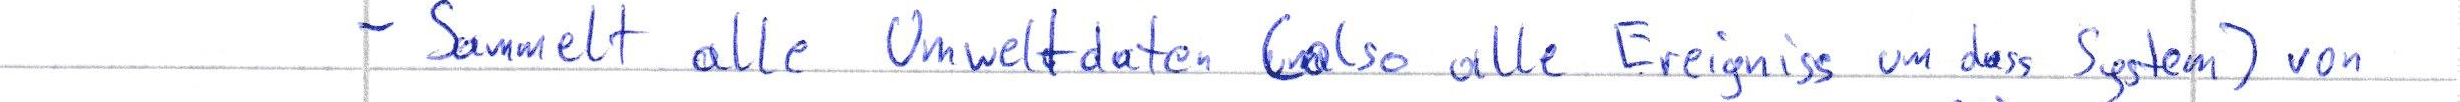
- Sammelt alle Umweltdaten (also alle Ereigniss um dass System) von